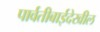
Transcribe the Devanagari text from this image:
पार्वतीबाईदेखील